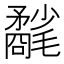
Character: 𣰲